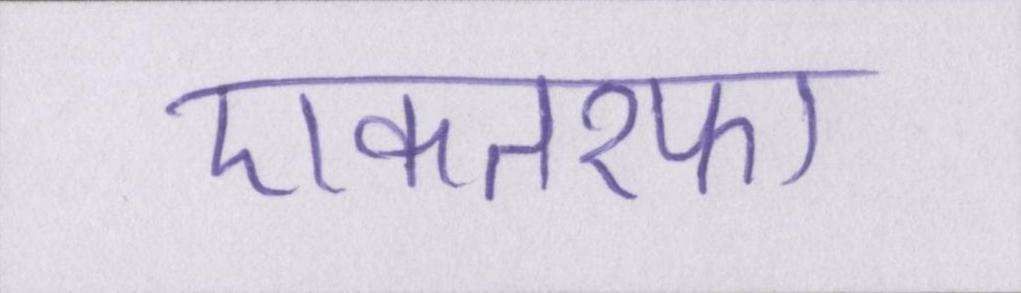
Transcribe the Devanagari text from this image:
एकतरफा